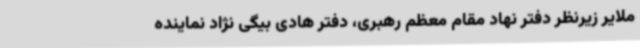
ملایر زیرنظر دفتر نهاد مقام معظم رهبری، دفتر هادی بیگی نژاد نماینده